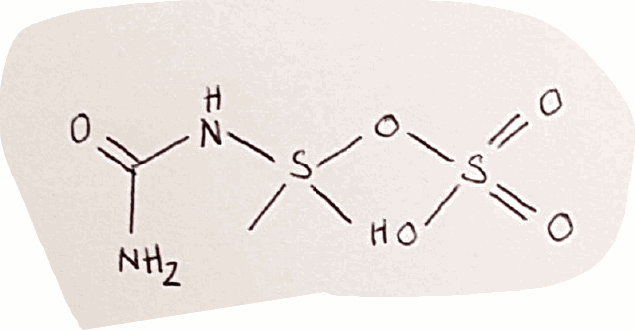
Simplified molecular-input line-entry system (SMILES) notation of the given molecule:
CS(C)(NC(=O)N)OS(=O)(=O)O